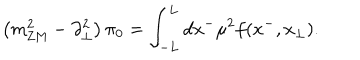
LaTeX: \left( m _ { \mathrm { Z M } } ^ { 2 } - \partial _ { \perp } ^ { 2 } \right) \pi _ { 0 } = \int _ { - L } ^ { L } d x ^ { - } \mu ^ { 2 } f ( x ^ { - } , x _ { \perp } ) .